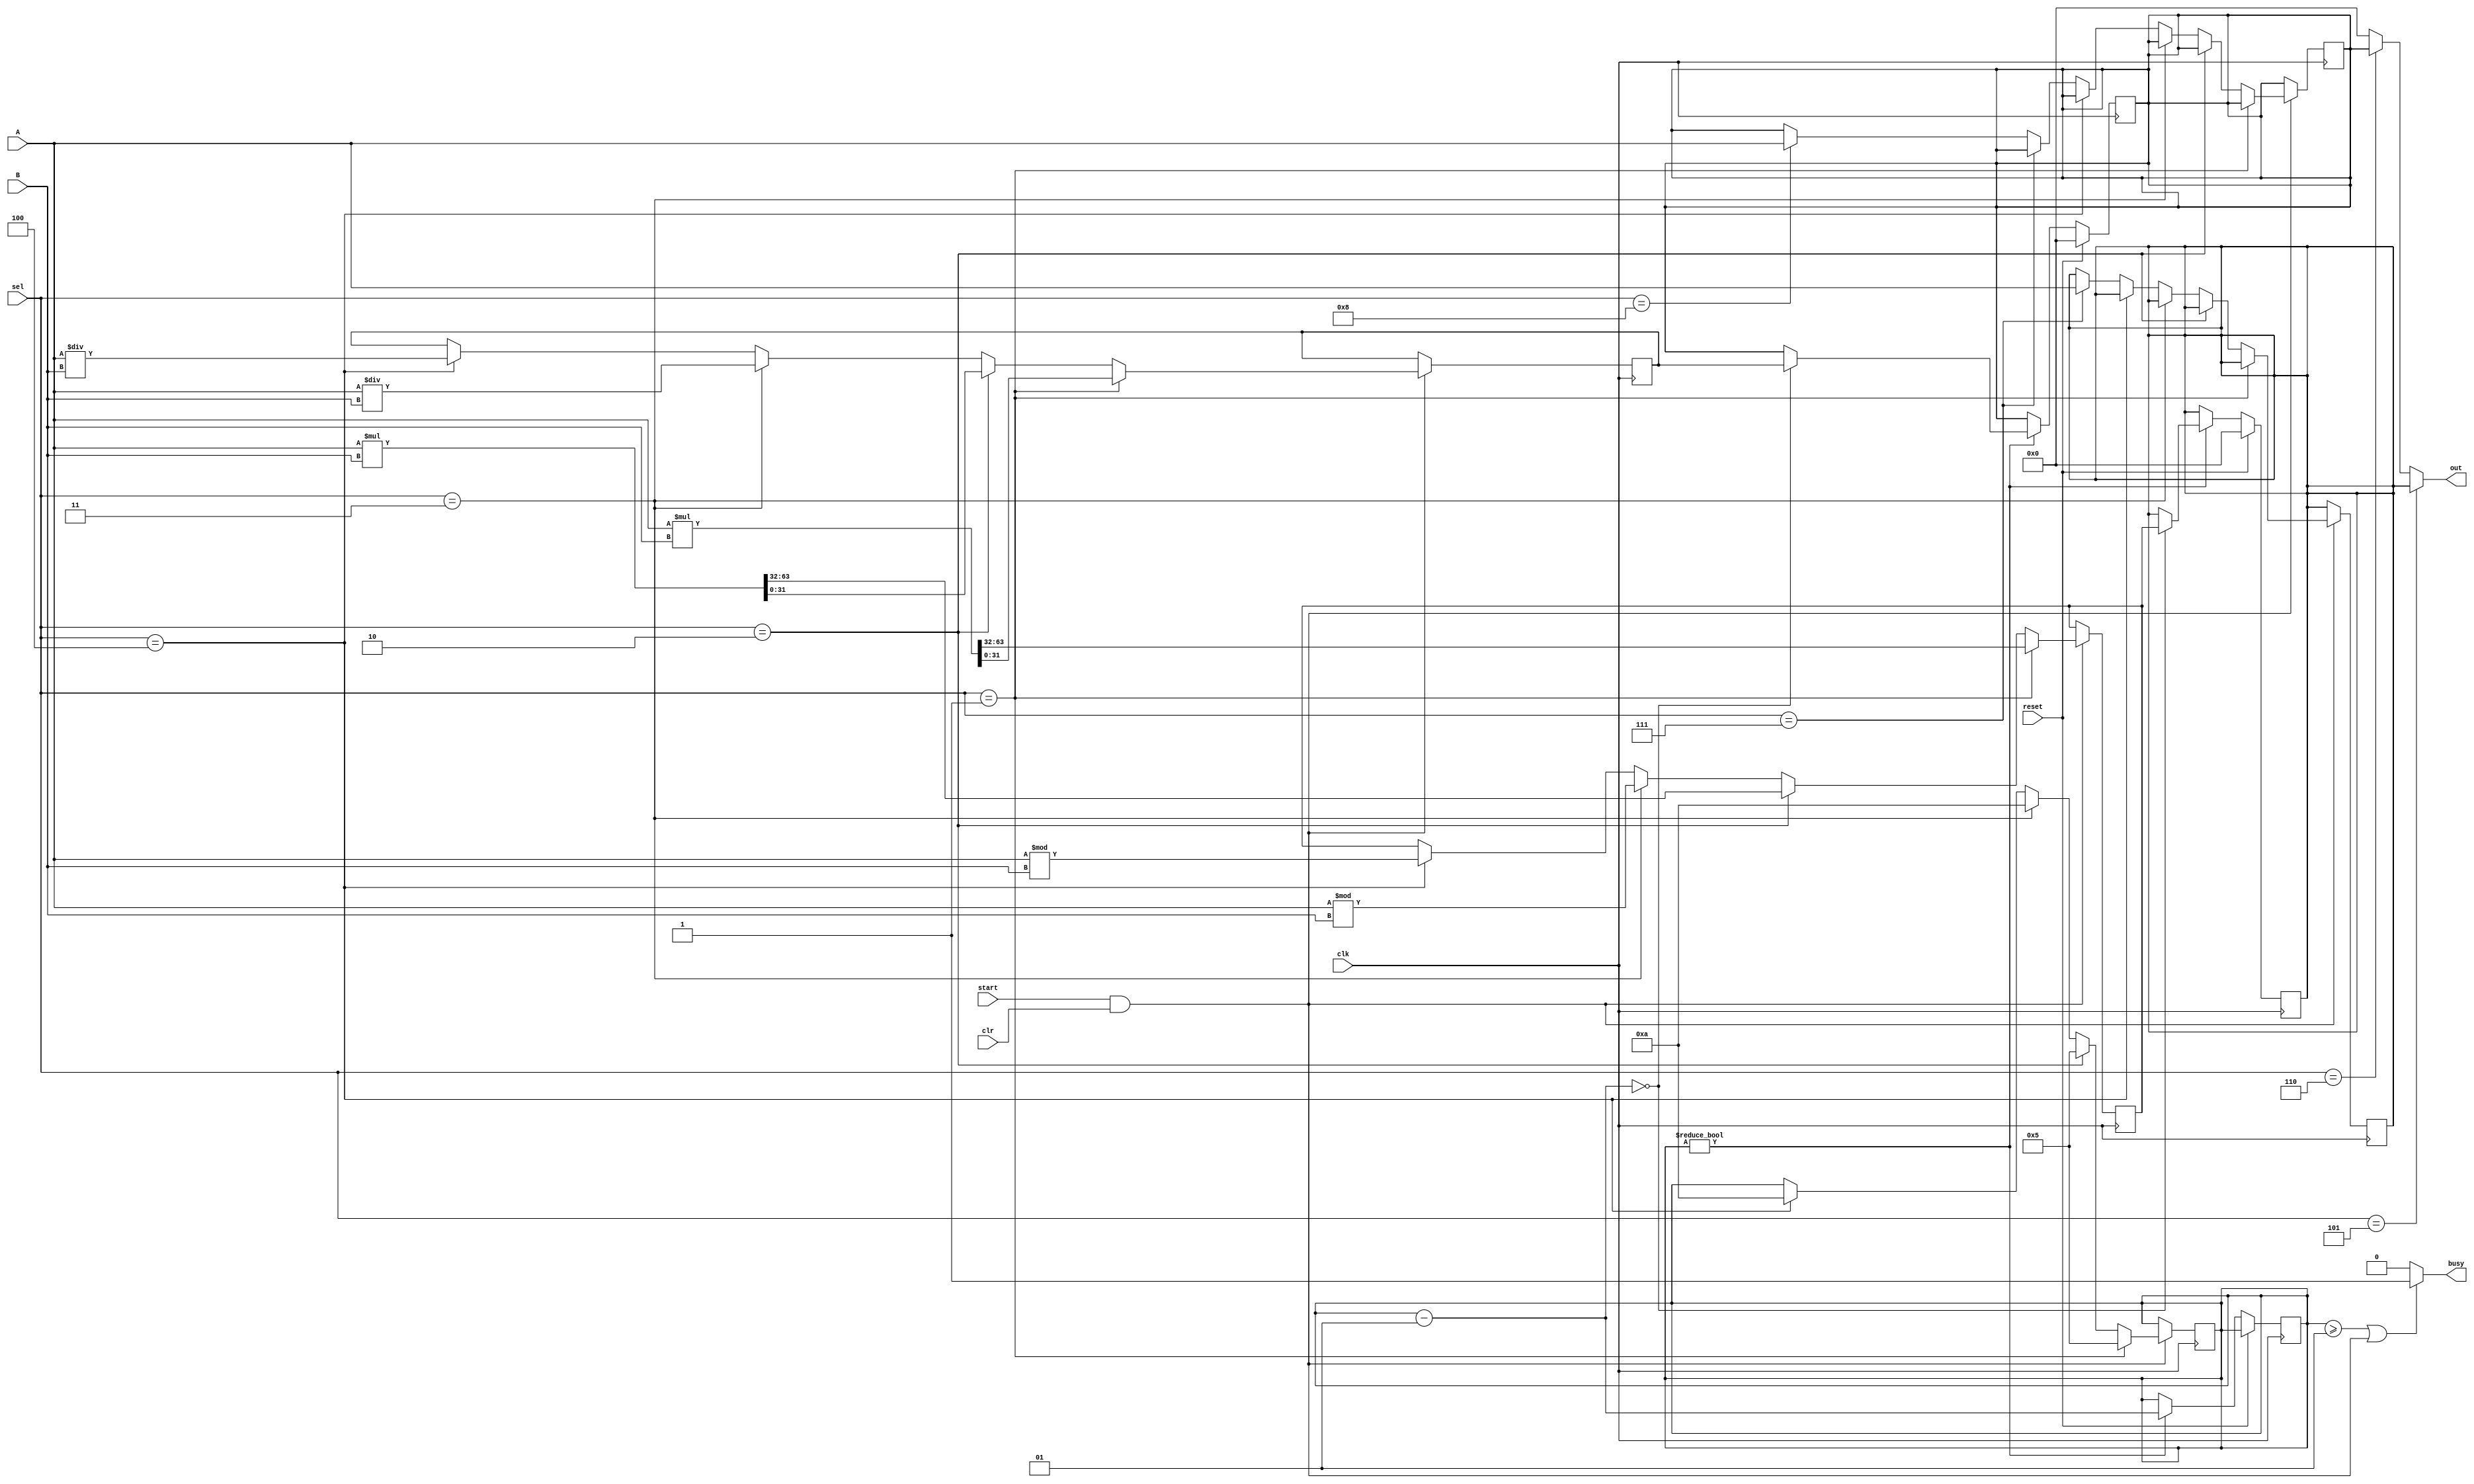
`timescale 1ns / 1ps
//////////////////////////////////////////////////////////////////////////////////
// Company: 
// Engineer: 
// 
// Design Name: 
// Module Name:    ALU_2 
// Project Name: 
// Target Devices: 
// Tool versions: 
// Description: 
//
// Dependencies: 
//
// Revision: 
// Revision 0.01 - File Created
// Additional Comments: 
//
//////////////////////////////////////////////////////////////////////////////////
module ALU_2(clk,reset,busy,A,B,out,sel,start,clr);
	input clk,reset,start;
	input [31:0] A,B;
	input [3:0] sel;
	input clr;
	output [31:0] out;
	output busy;
	
	reg [31:0] HI,LO,TEMP_HI,TEMP_LO;
	wire we;
	assign we=start&clr;
	integer Busy;
	assign busy=(Busy>=1)|we?1:
					0;
	assign out=(sel==5)?HI:
				  (sel==6)?LO:
					0;
	initial begin
		HI=0;
		LO=0;
		TEMP_HI=0;
		TEMP_LO=0;
		Busy=0;
	end
	always @(posedge clk) begin
		if(we) begin
			if(sel==1) begin	{TEMP_HI,TEMP_LO}=$signed($signed({{32{A[31]}},A[31:0]})*$signed({{32{B[31]}},B[31:0]})); Busy=5;end
			else if(sel==2) begin	{TEMP_HI,TEMP_LO}=A*B; Busy=5;end
			else if(sel==3) begin	 TEMP_LO=$signed(A)/$signed(B); TEMP_HI=$signed(A)%$signed(B); Busy=10; end
			else if(sel==4) begin	TEMP_LO=A/B; TEMP_HI=A%B; Busy=10; end
			else if(sel==7) begin HI<=A;end
			else if(sel==8) begin LO<=A;end
		end
	end
	always@(posedge clk) begin
		if(reset==1) begin
			HI<=0;
			LO<=0;
		end
		else begin
			if(Busy) begin Busy=Busy-1;
			if(Busy==0) begin
				HI<=TEMP_HI;
				LO<=TEMP_LO;
			end
			end
		end
	end
endmodule